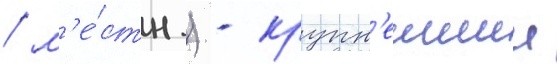
/ м'е́стн.) - крупн'еишии